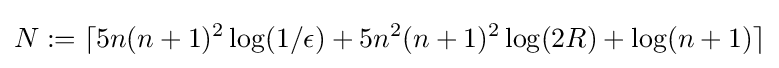
N:=\lceil 5n(n+1)^{2}\log(1/\epsilon )+5n^{2}(n+1)^{2}\log(2R)+\log(n+1)\rceil